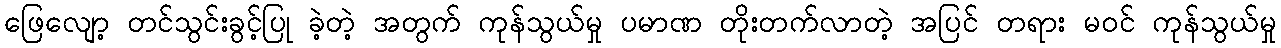
ဖြေလျော့ တင်သွင်းခွင့်ပြု ခဲ့တဲ့ အတွက် ကုန်သွယ်မှု ပမာဏ တိုးတက်လာတဲ့ အပြင် တရား မဝင် ကုန်သွယ်မှု